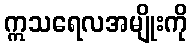
ဣသရေလအမျိုးကို